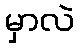
မှာလဲ